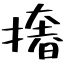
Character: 撦